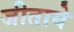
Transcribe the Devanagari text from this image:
जीताये